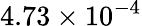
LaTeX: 4.73\times 10^{-4}